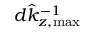
d \hat { k } _ { z , \mathrm { m a x } } ^ { - 1 }